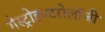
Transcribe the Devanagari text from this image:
गेस्ट्रोइण्टरोलॉजी